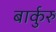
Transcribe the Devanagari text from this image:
बार्कुरु